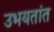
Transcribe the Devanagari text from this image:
उभयतांत